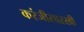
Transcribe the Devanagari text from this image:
करंजीसारखी